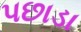
પછાડા